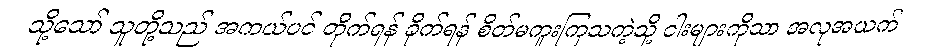
သို့သော် သူတို့သည် အကယ်ပင် တိုက်ရန် ခိုက်ရန် စိတ်မကူးကြသကဲ့သို့ ငါးများကိုသာ အလုအယက်